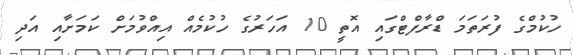
ހުކުމްގެ ފުރަތަމަ ޑްރާފްޓްގައި އޮތީ 10 އަހަރުގެ ހުކުމެއް އިއްވުމަށް ކަމަށާއި އަދި